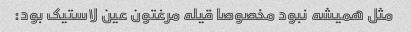
مثل همیشه نبود مخصوصا قیله مرغتون عین لاستیک بود: